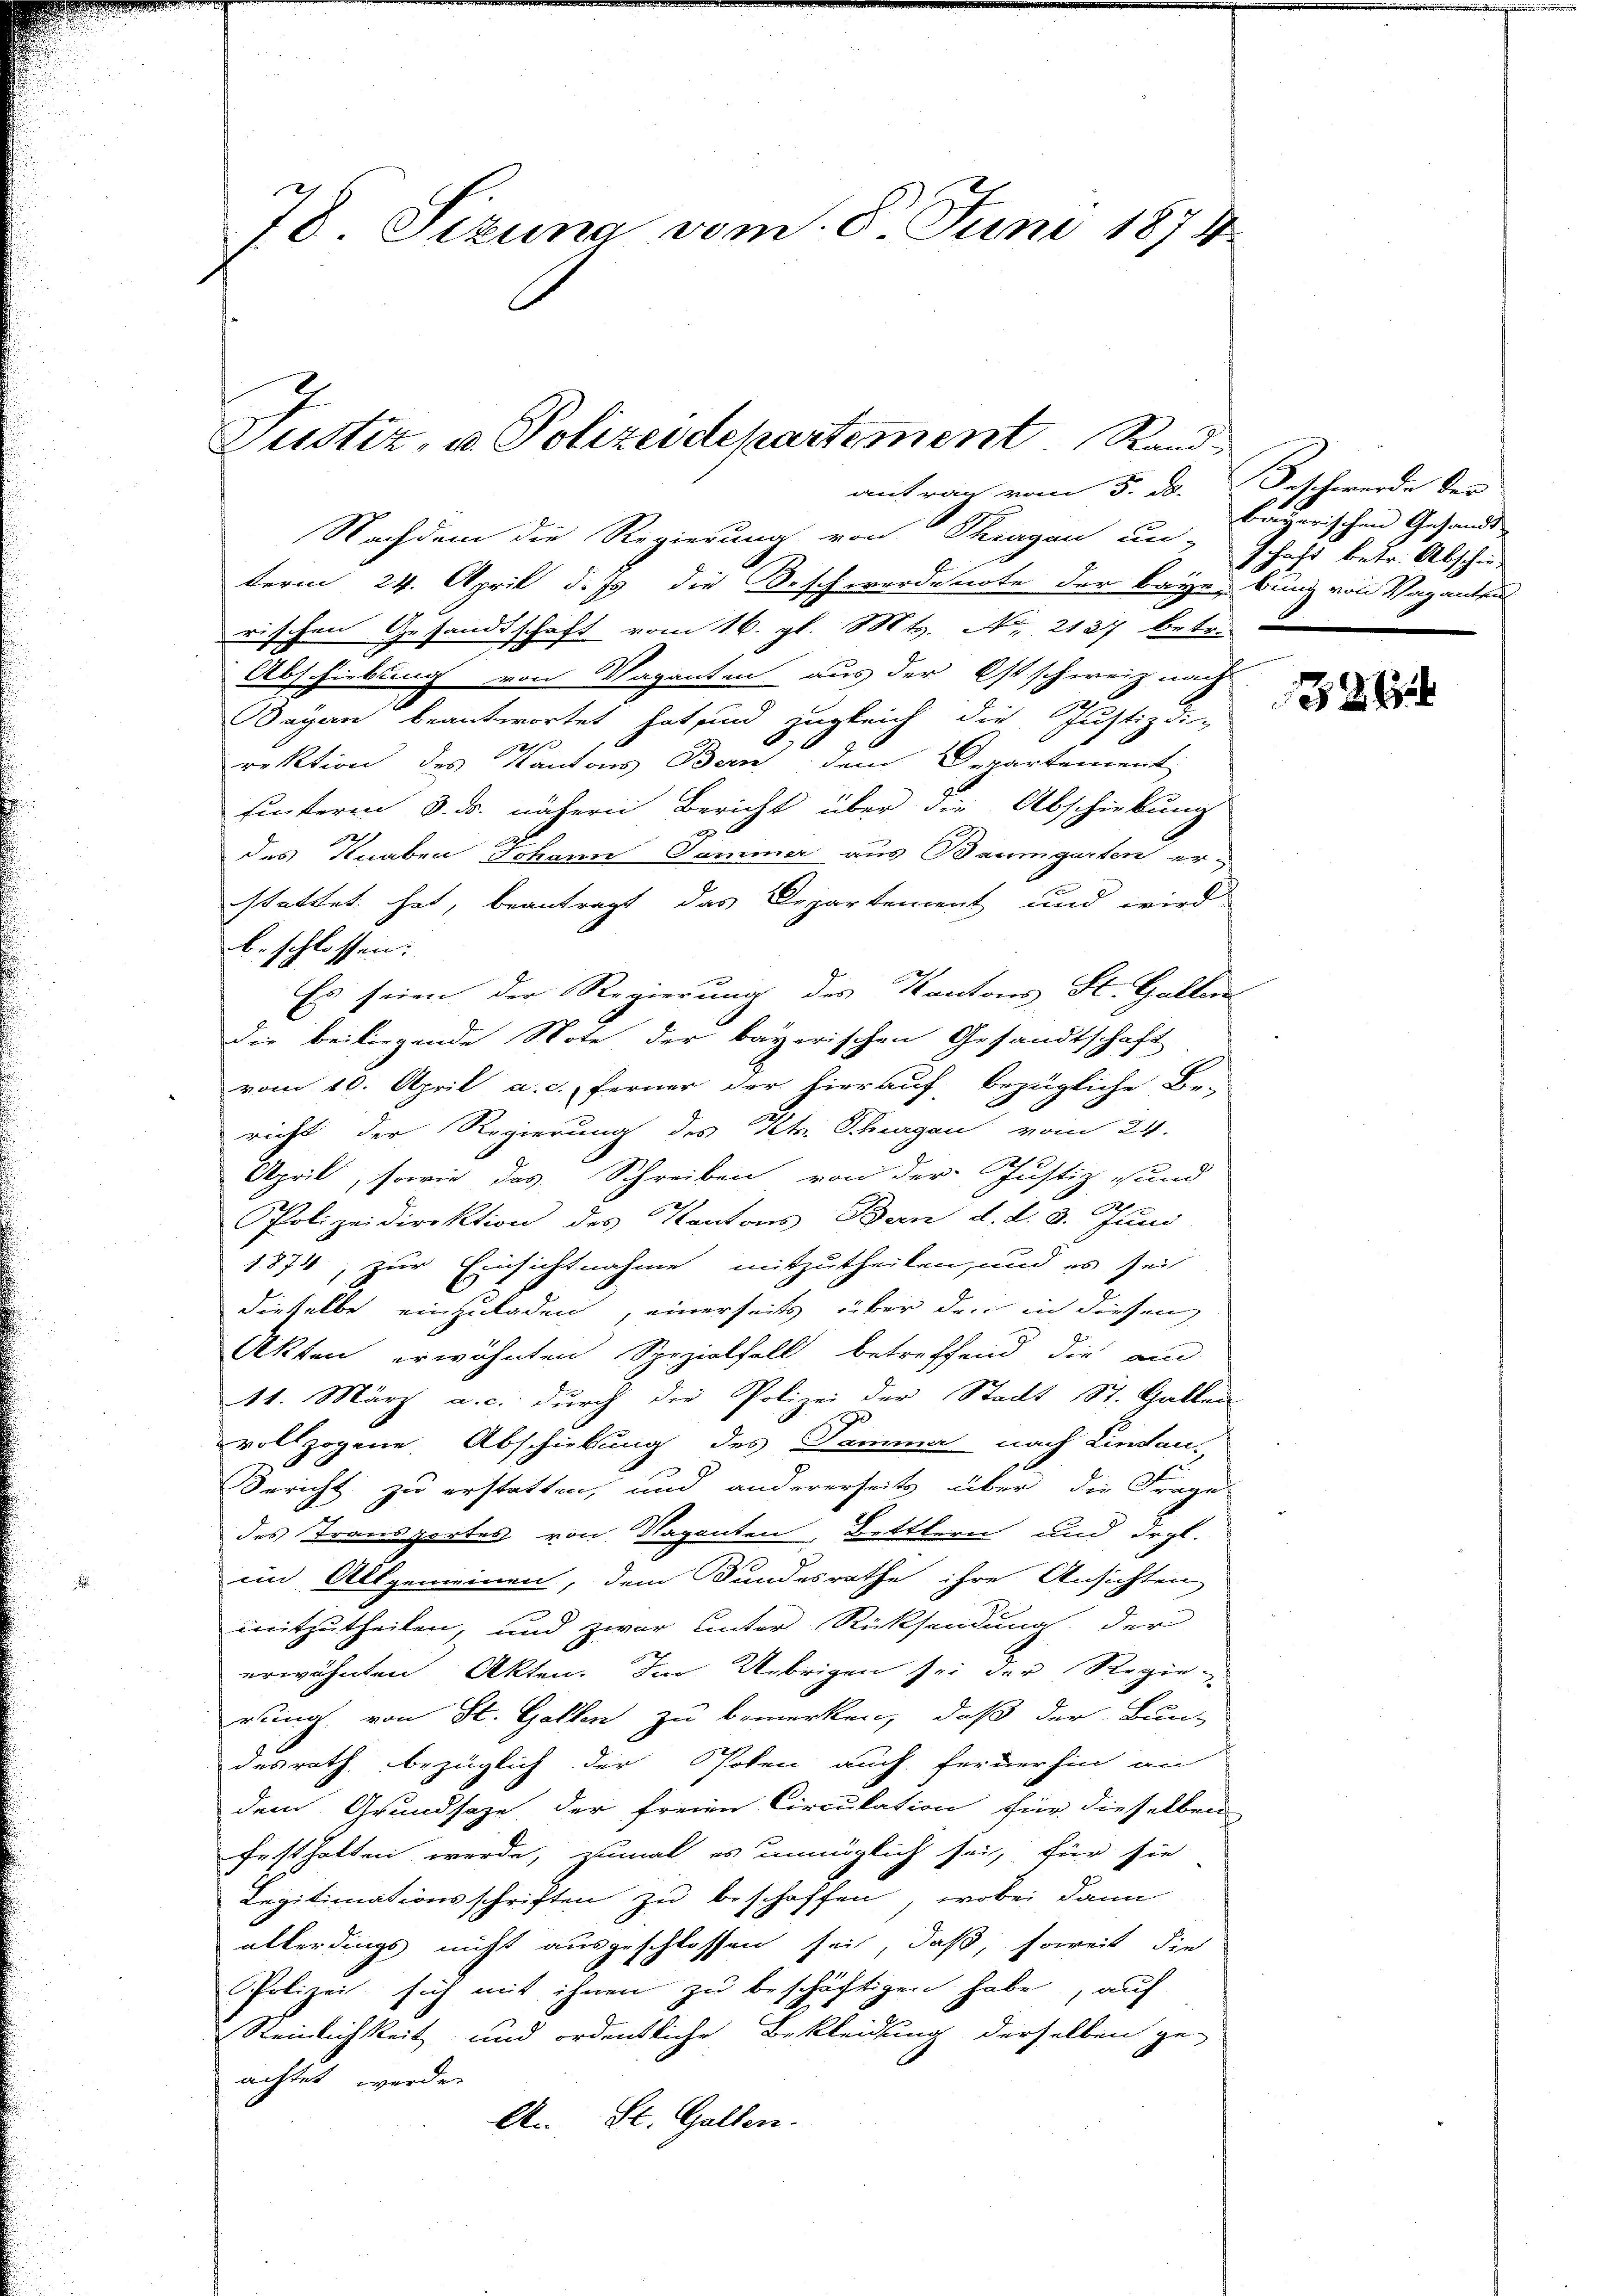
78. Sizung vom 8. Juni 1874.

Justiz, u. Polizeidepartement Rand

antrag vom 5. ds. Geschwerde der

Nachdem die Regierung von Schragan unschaft betr. Abschied
term 24. April d. Js. die Beschwerdenote der Baye, bing von Vaganten
rischen Gesandtschaft vom 16. gl. Mts. No. 2137 betr.
Abschiebung von Vaganten aus der Ostschweiz nach
agen beantwortet hat sind zugleich die Justizdi
rektion des Kantons Bern dem Departement
sinteren 3. ds. nähern Bericht über die Abschickung
des Knaben Johann Sammer aus Baumgarten er-
stattet hat, beantragt das Departement und wird
beschlossen:
Es seien der Regierung des Kantons St. Gallen
Die beiliegende Note der bayerischen Gesandtschaft
vom 10. April a. c. ferner der hierauf, bezügliche Be-
richt der Regierung des Kt. Schurgau vom 24.
April, sowie das Schreiben von der Justiz und
Polizeidirektion des Kantons Bern d. d. 8. Juni
1874, zur Einsichtnahme mitzutheilen, und es sei
dieselbe einzuladen, einerseits über den in diesen
Akten erwähnten Spezialfall betreffend die and
141. März a. c. durch die Polizei der Stadt St. Gallen
vollzogene Abschiebung des Tamma nach Lindau
Bericht zu erstatten, und andererseits über die Frage
des Transportes von Naganten, Bettlern und drgl.
im Allgemeinen, dem Bundesrathe ihre Ansichten
mitzutheilen, und zwar unter Rücksendung der
erwähnten Akten. Im Uebrigen sei der Regie
rung von St. Gallen zu bemerken, daß der Bun-
desrath bezüglich der Polen auch fernerhin an
dem Grundsaze, der freien Circulation für dieselben
festhalten werde, zumal es unmöglich sei, für sie
Legitimationsschriften zu beschaffen, wobei dann
allerdings nicht ausgeschlossen sei, daß, soweit die
Polizei sich mit ihnen zu beschäftigen habe, auf
Steinlichkeit und ordentliche Bekleidung derselben ge-
achtet werden
A. St. Gallen.

bayerischen Gesandt

28